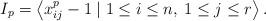
LaTeX: \begin{align*}I_p=\left\langle x_{ij}^p-1\mid 1\leq i\leq n,\:1\leq j\leq r\right\rangle.\end{align*}